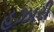
હઝારી